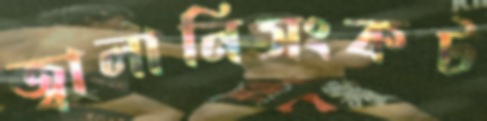
জ্বালানিসংকট